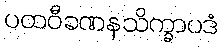
ပထဝီခဏနသိက္ခာပဒံ